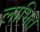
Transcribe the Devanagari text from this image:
लाभित